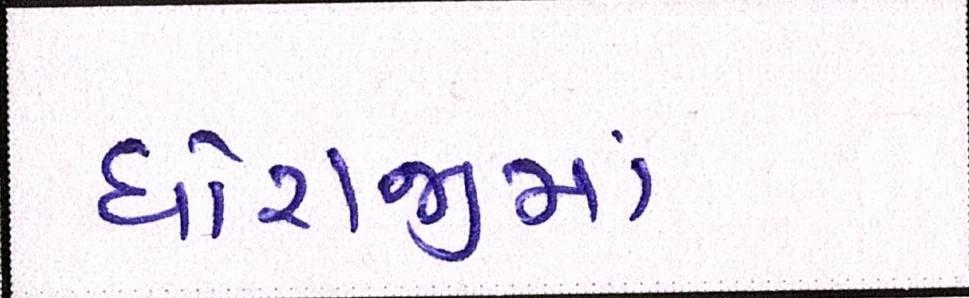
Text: ધોરાજીમાં